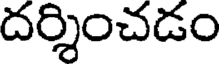
దర్శించడం